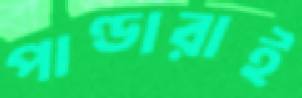
পাণ্ডারাই